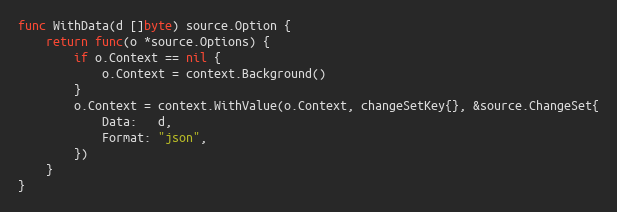
Language: Go
func WithData(d []byte) source.Option {
	return func(o *source.Options) {
		if o.Context == nil {
			o.Context = context.Background()
		}
		o.Context = context.WithValue(o.Context, changeSetKey{}, &source.ChangeSet{
			Data:   d,
			Format: "json",
		})
	}
}